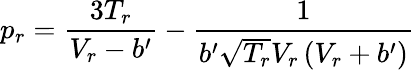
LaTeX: p_{r}={\frac{3T_{r}}{V_{r}-b^{\prime}}}-{\frac{1}{b^{\prime}{\sqrt{T_{r}}}V_{r}\left(V_{r}+b^{\prime}\right)}}